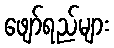
ဖျော်ရည်များ